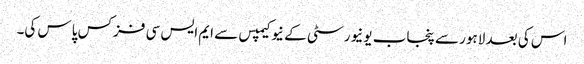
اس کی بعد لاہور سے پنجاب یونیورسٹی کے نیو کیمپس سے ایم ایس سی فزکس پاس کی۔